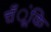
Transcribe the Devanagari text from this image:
चँूंकि